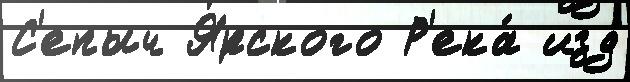
С'епыч Ярского Р'ека́ изд